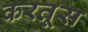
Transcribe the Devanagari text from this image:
करतूस